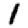
Digit: 1